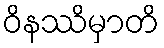
ဝိနဿိမှာတိ